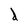
Character: d